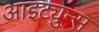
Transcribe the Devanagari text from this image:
आइट्युन्स